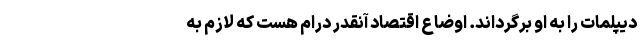
دیپلمات را به او برگرداند. اوضاع اقتصاد آنقدر درام هست که لازم به